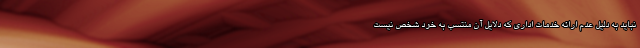
نباید به دلیل عدم ارائه خدمات اداری که دلایل آن منتسب به خود شخص نیست